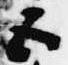
五